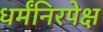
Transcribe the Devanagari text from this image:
धर्मंनिरपेक्ष